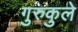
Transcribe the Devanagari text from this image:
गुरुकुले